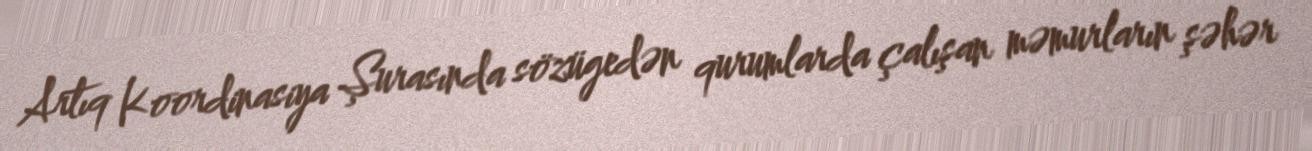
Artıq Koordinasiya Şurasında sözügedən qurumlarda çalışan məmurların şəhər